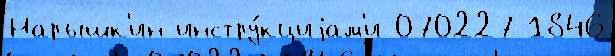
Нарышк'ин инстру́кциjам'и 070227 1846